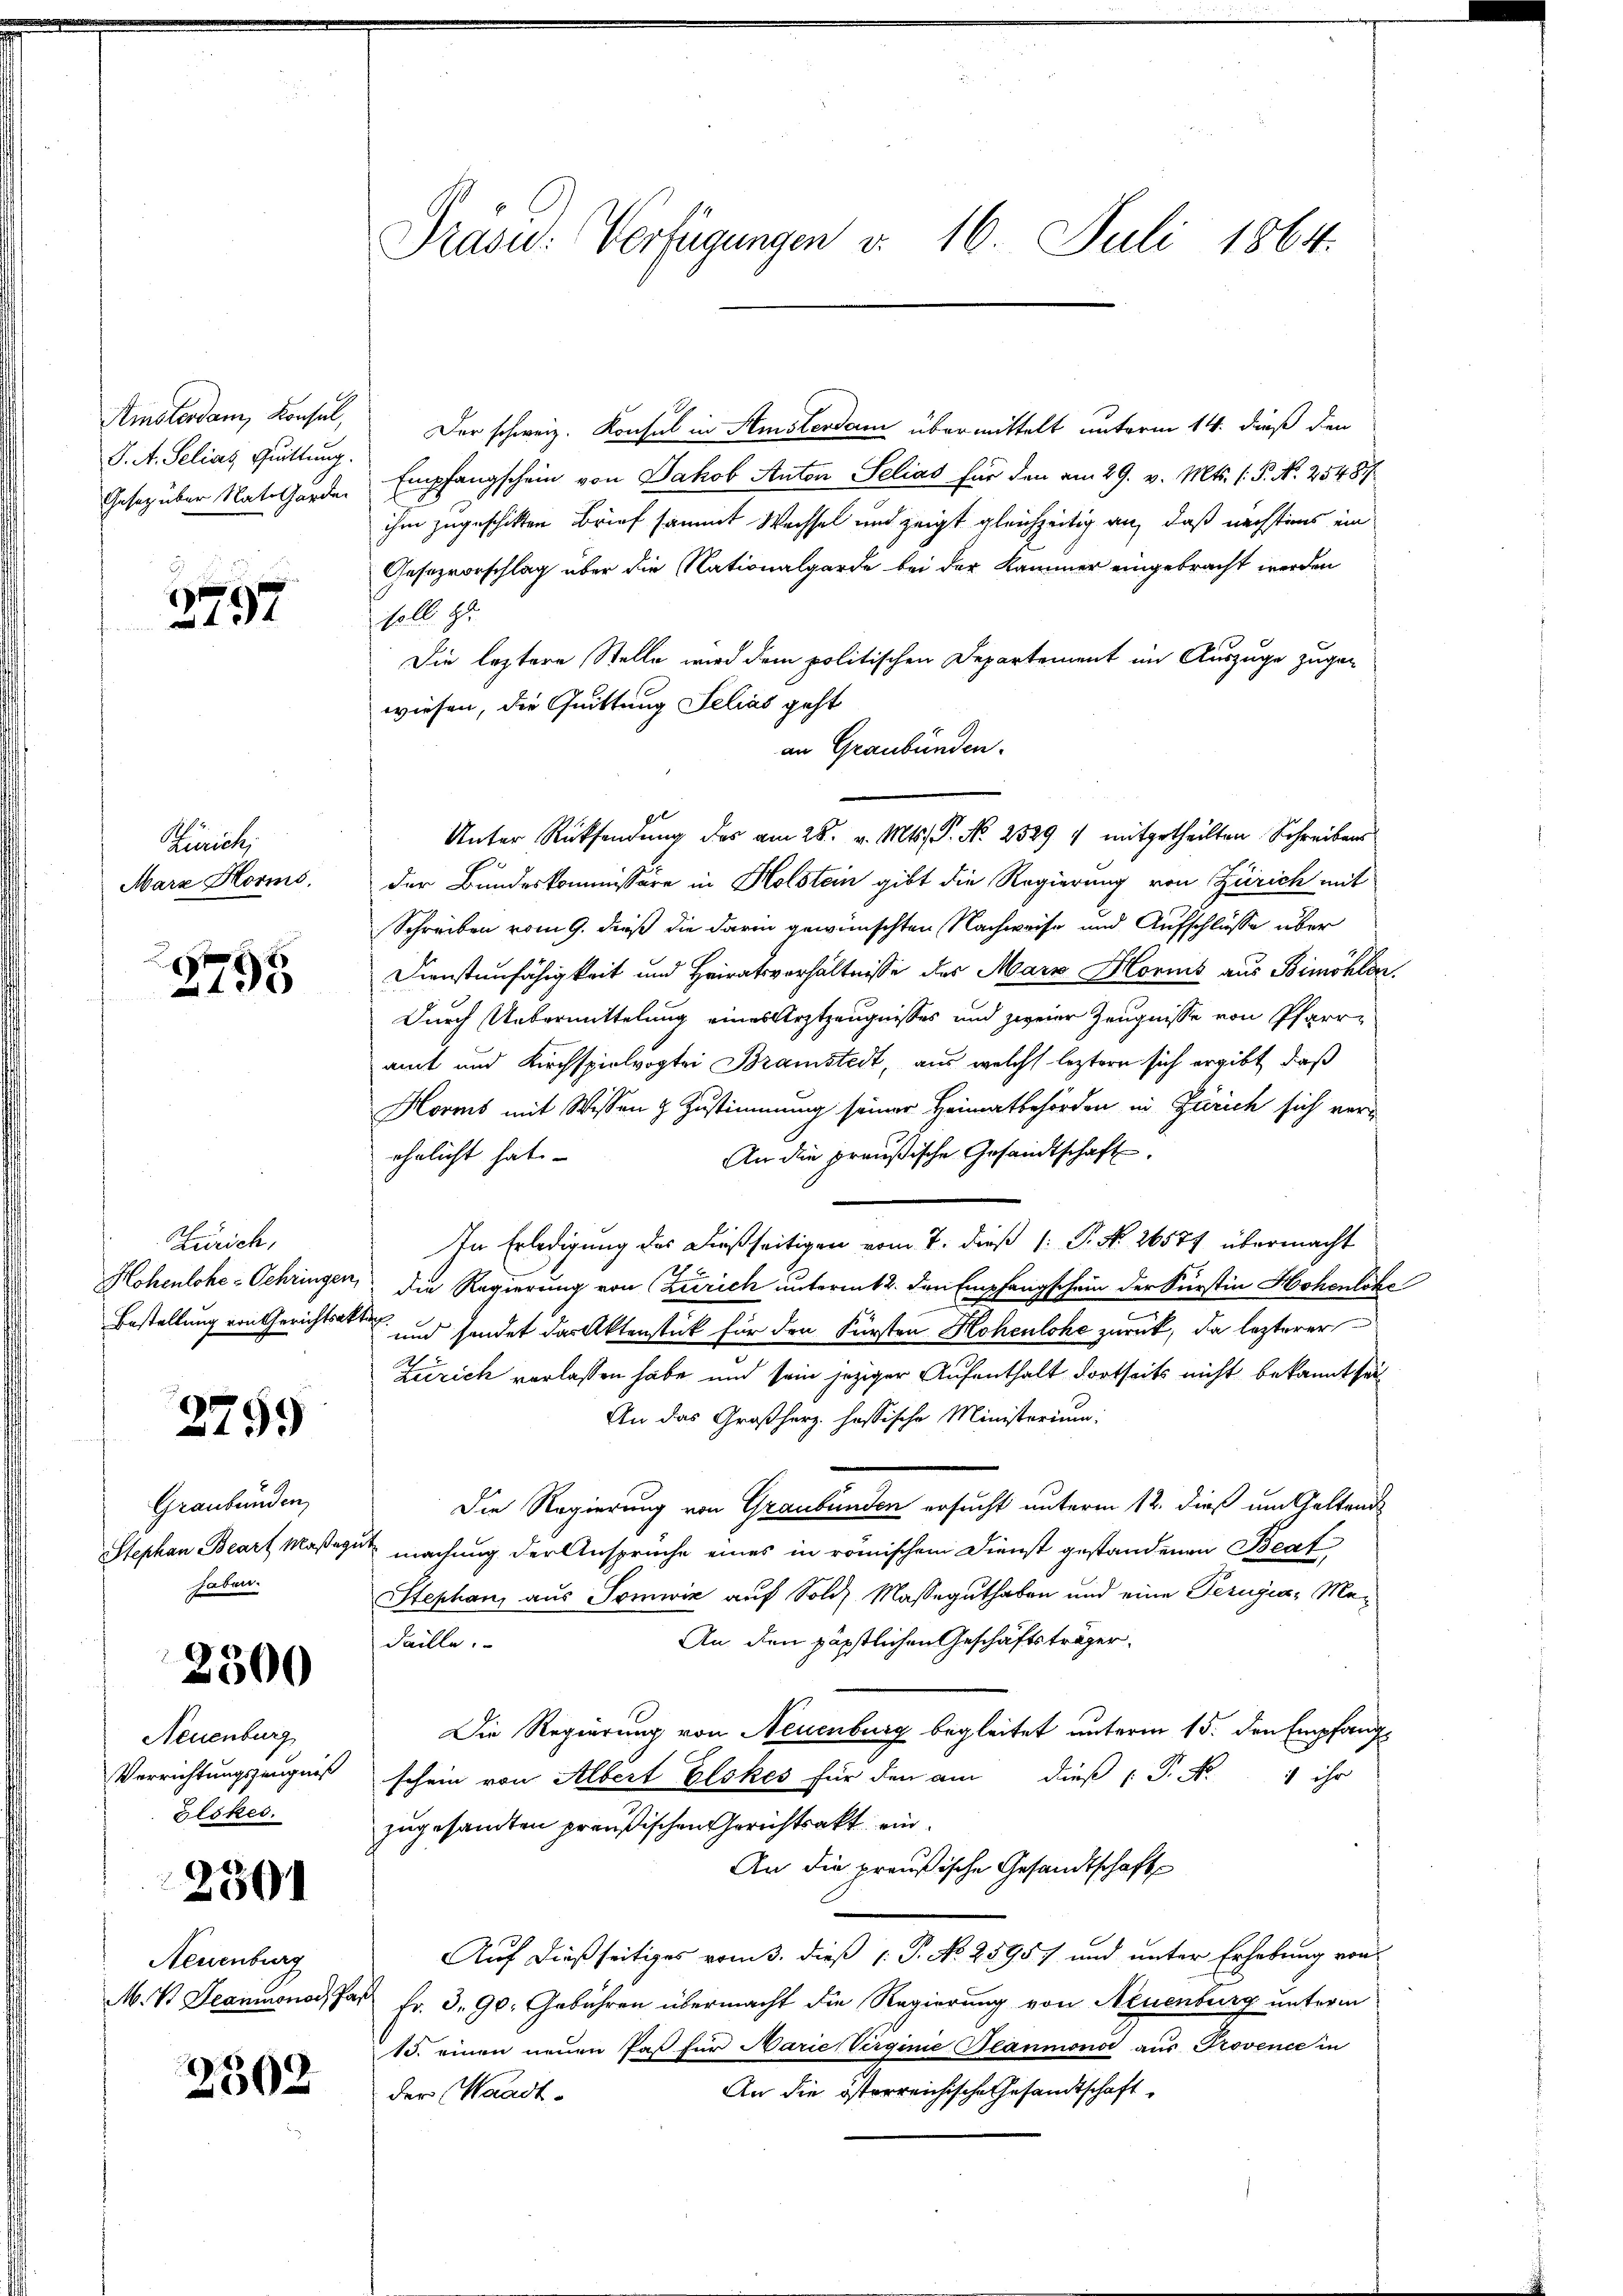
Amsterdam, Konsul,
J. A. Selias Quittung.
Gesetz über Natharden

2797

Zürich;
Marz Horms,

2795

Zürich,
Hohenlohe - Schringen
Bestellung von Gerichtsak

2799

Graubünden,
Stephan Beart Maßeg
haben.

2300

Neuenburg
Verrichtungszeugniß
ölskes.

2501

Neuenburg
M. V. Beaumonat Pa

2502

Präsid. Verfügungen d. 16. Juli 1864.

Der schweiz. Konsul in Amsterdam übermittelt unterm 14. dieß den
Empfangschein von Jakob Anton Selias für den am 29. v. Mts. (: P. N. 25487
ihm zugeschikten Brief sammt Wachsel und zeigt gleichzeitig an, daß nächsties ein
Gesozvorschlag über die Nationalgarde bei der Kammer eingebracht werden
solb. 4.
Die leztere Stelle wird dem politischen Departement im Auszuge zuge-
wiesen, die Quittung Selias geht
an Graubünden.
Unter Rücksendung des am 28. v. Mts. S. Nr. 2529 4 mitgetheilten Schreibens
der Bundeskommissäre in Holstein gibt die Regierung von Zürich mit
Schreiben vom 9. dieß die darin gewünschten Nachweise und Aufschlüsse über
Dienstenfähigkeit und Heiratsverhältnisse des Marx Horns aus Bimöhlen.
Durch Uebermittelung eines Arztzeugnisses und zweier Zeugnisse von Pfarramt und Kirchspielvogtei Bramstedt, aus welch leztern sich ergibt, daß
Horms mit Wissen & Zustimmung seiner Heimatbehörden in Zürich sich ver¬
An die preußische Gesandtschaft.
ehelicht hat
In Erledigung des dießseitigen vom 7. dieß (: P. Nr. 26574 übermacht
2
die Regierung von Zürich unterm 2. den Empfangschein der Fürstin Hohenlohe
.
. und sendet das Aktenstück für den Fürsten Hohenlohe zurück, da lezterer

Zürich verlassen habe und sein jeziger Aufenthalt dortseits nicht bekannt sei
An das Großherz. hoffische Ministorium:
Die Regierung von Graubünden ersucht unterm 12. dieß um Geltends
machung der Anspruche eines in römischen Dienst gestandenen Beat
Stephan aus Somwiz auf Sold Masseguthaben und eine Perugia, Me¬
An den päpstlichen Geschäftsträger.
daille.
Die Regierung von Neuenburg begleitet unterm 15. den Empfang
schein von Albert Elokes für den am dieß P. Nr. 1 ihr
zugesandten preußischen Gerichtsakt ein
An die preußische Gesandtschaft
Auf dießseitiges vom 3. dieß (: P. No 25957 und unter Erhebung von
Fr. d. 90. Gebühren übermacht die Regierung von Neuenburg unterm
15. einen neuen Paß für Marie Virginie Planmono aus Provence in
An die österreichische Gesandtschaft
der Waadt.